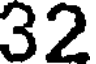
32